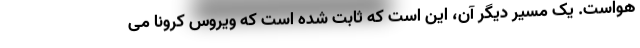
هواست. یک مسیر دیگر آن، این است که ثابت شده است که ویروس کرونا می